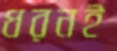
ধরনই